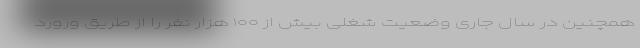
همچنین در سال جاری وضعیت شغلی بیش از ۱۰۰ هزار نفر را از طریق ورورد